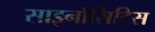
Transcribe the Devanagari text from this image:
साइनॉसिटिस